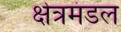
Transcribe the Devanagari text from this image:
क्षेत्रमंडल